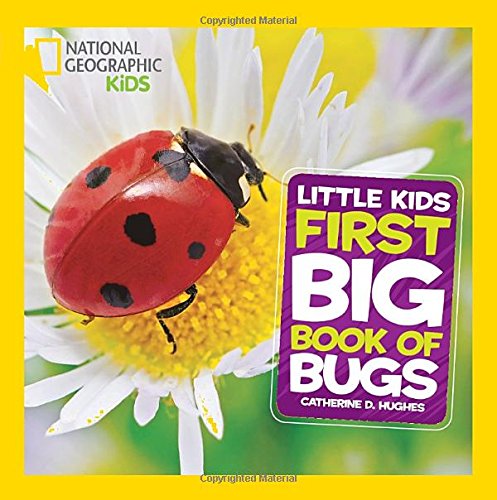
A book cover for National Geographic Little Kids First Big Book of Bugs (National Geographic Little Kids First Big Books); Catherine D. Hughes; Children's Books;